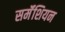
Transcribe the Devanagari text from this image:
सर्मॅशियन